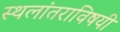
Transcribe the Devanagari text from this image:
स्थलांतराविषयी